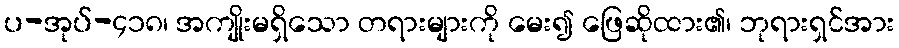
ပ-အုပ်-၄၁၈၊ အကျိုးမရှိသော တရားများကို မေး၍ ဖြေဆိုထား၏၊ ဘုရားရှင်အား